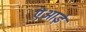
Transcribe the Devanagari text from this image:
ऐआई